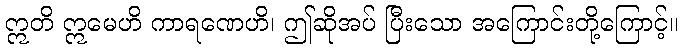
ဣတိ ဣမေဟိ ကာရဏေဟိ၊ ဤဆိုအပ် ပြီးသော အကြောင်းတို့ကြောင့်။